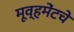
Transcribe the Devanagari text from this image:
मूव्हमेंटचे